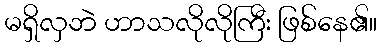
မရှိလှဘဲ ဟာသလိုလိုကြီး ဖြစ်နေ၏။